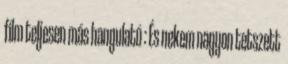
film teljesen más hangulatú : És nekem nagyon tetszett